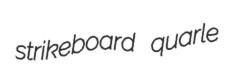
strikeboard quarle